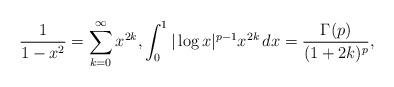
LaTeX: \begin{align*}\frac{1}{1-x^2}=\sum_{k=0}^\infty x^{2k},\int_0^1|\log x|^{p-1} x^{2k}\, dx=\frac{\Gamma(p)}{(1+2k)^p},\end{align*}